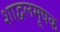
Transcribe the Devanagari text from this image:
शाद्वलमूषक